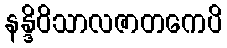
နန္ဒိဝိသာလဇာတကေပိ